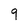
Character: 9